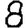
Digit: 8